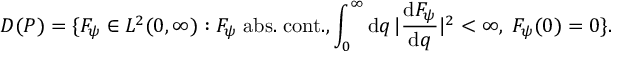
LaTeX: D ( P ) = \{ F _ { \psi } \in L ^ { 2 } ( 0 , \infty ) : F _ { \psi } \; \mathrm { a b s . } \; \mathrm { c o n t . } , \int _ { 0 } ^ { \infty } \mathrm { d } q \, | { \frac { \mathrm { d } F _ { \psi } } { \mathrm { d } q } } | ^ { 2 } < \infty , \; F _ { \psi } ( 0 ) = 0 \} .